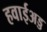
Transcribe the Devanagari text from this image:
हवाईअड्ड